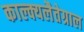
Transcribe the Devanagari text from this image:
काल्क्यलैतेग्राल